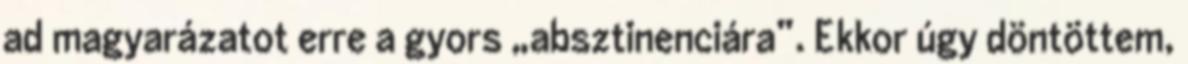
ad magyarázatot erre a gyors „absztinenciára”. Ekkor úgy döntöttem,